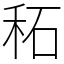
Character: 䄷